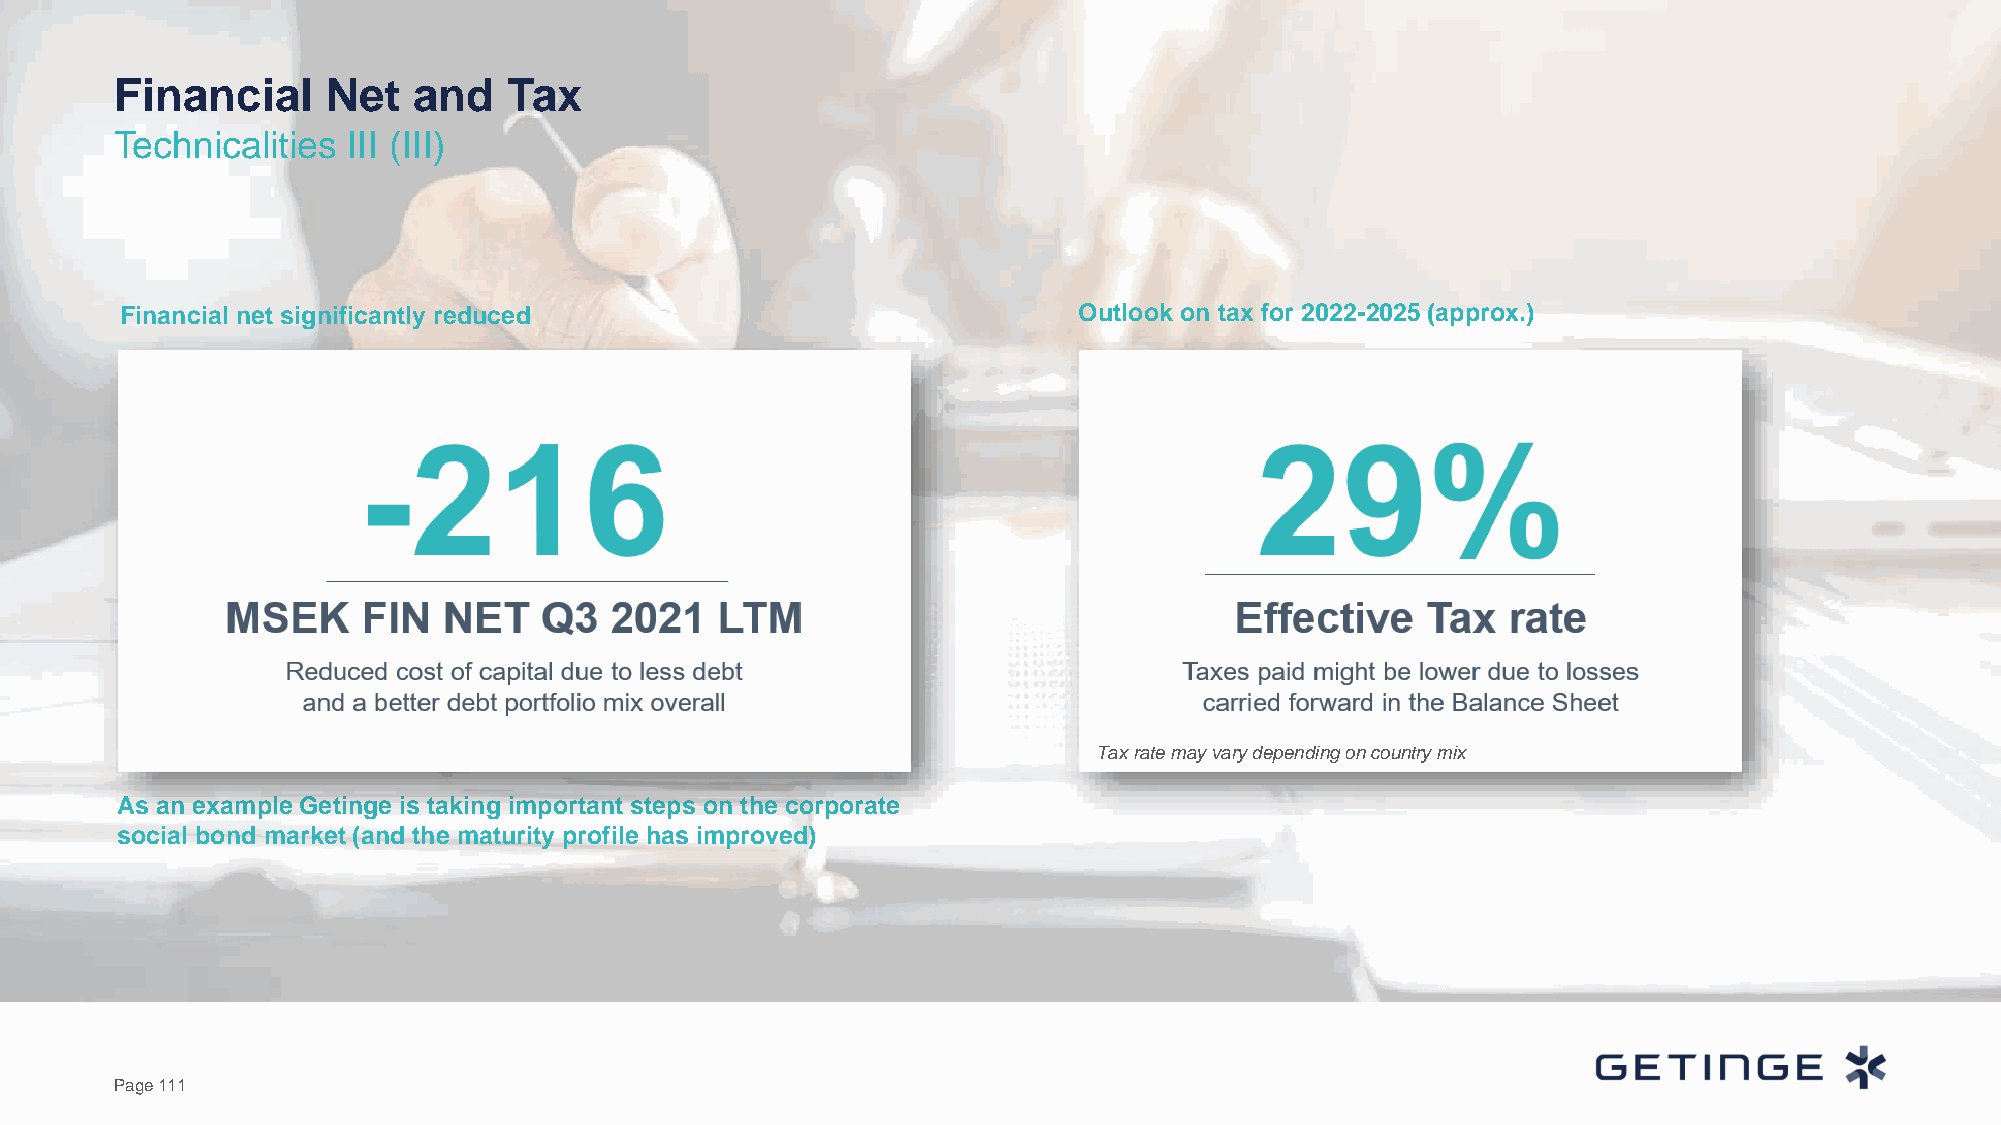
Financial     Net  and    Tax
 Technicalities III (III)
 Financial net significantly reduced                            Outlook on tax for 2022-2025 (approx.)
 Tax rate may vary depending on country mix
 As an example Getinge is taking important steps on the corporate
 social bond market (and the maturity profile has improved)
 Page 111